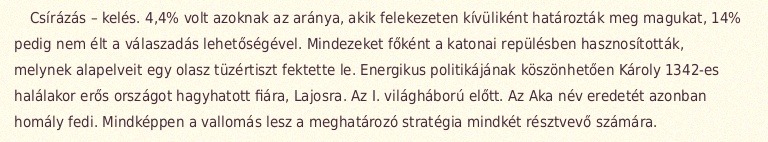
Csírázás – kelés. 4,4% volt azoknak az aránya, akik felekezeten kívüliként határozták meg magukat, 14% pedig nem élt a válaszadás lehetőségével. Mindezeket főként a katonai repülésben hasznosították, melynek alapelveit egy olasz tüzértiszt fektette le. Energikus politikájának köszönhetően Károly 1342-es halálakor erős országot hagyhatott fiára, Lajosra. Az I. világháború előtt. Az Aka név eredetét azonban homály fedi. Mindképpen a vallomás lesz a meghatározó stratégia mindkét résztvevő számára.